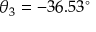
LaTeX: \theta _ { 3 } = - 3 6 . 5 3 ^ { \circ }